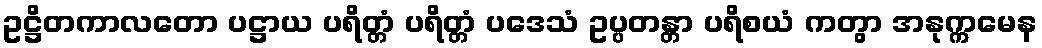
ဥဋ္ဌိတကာလတော ပဋ္ဌာယ ပရိတ္တံ ပရိတ္တံ ပဒေသံ ဥပ္ပတန္တာ ပရိစယံ ကတွာ အနုက္ကမေန